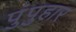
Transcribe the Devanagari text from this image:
पुंपुहार